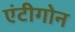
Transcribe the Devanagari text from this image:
एंटीगोन